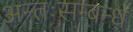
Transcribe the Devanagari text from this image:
अन्तःसम्बन्ध